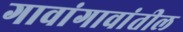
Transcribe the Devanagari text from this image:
गावांगावांतील